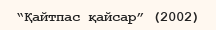
“Қайтпас қайсар” (2002)